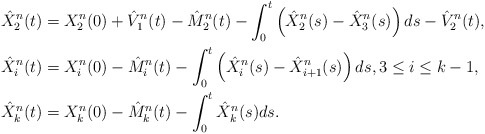
\begin{align*}\hat{X}^n_2(t) &= X^n_2(0) + \hat{V}_1^n(t) - \hat{M}_2^{n}(t) - \int_0^t\left(\hat{X}^n_2(s)-\hat{X}_3^n(s)\right)ds - \hat{V}_2^n(t), \\\hat{X}^n_i(t) &= X^n_i(0) - \hat{M}_i^{n}(t) - \int_0^t\left(\hat{X}^n_i(s)-\hat{X}_{i+1}^n(s)\right)ds, 3 \le i \le k-1, \\\hat{X}^n_k(t) &= X^n_k(0) - \hat{M}_k^{n}(t) - \int_0^t\hat{X}^n_k(s)ds. \end{align*}